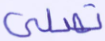
تصلى